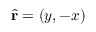
\widehat { \mathbf { r } } = ( y , - x )